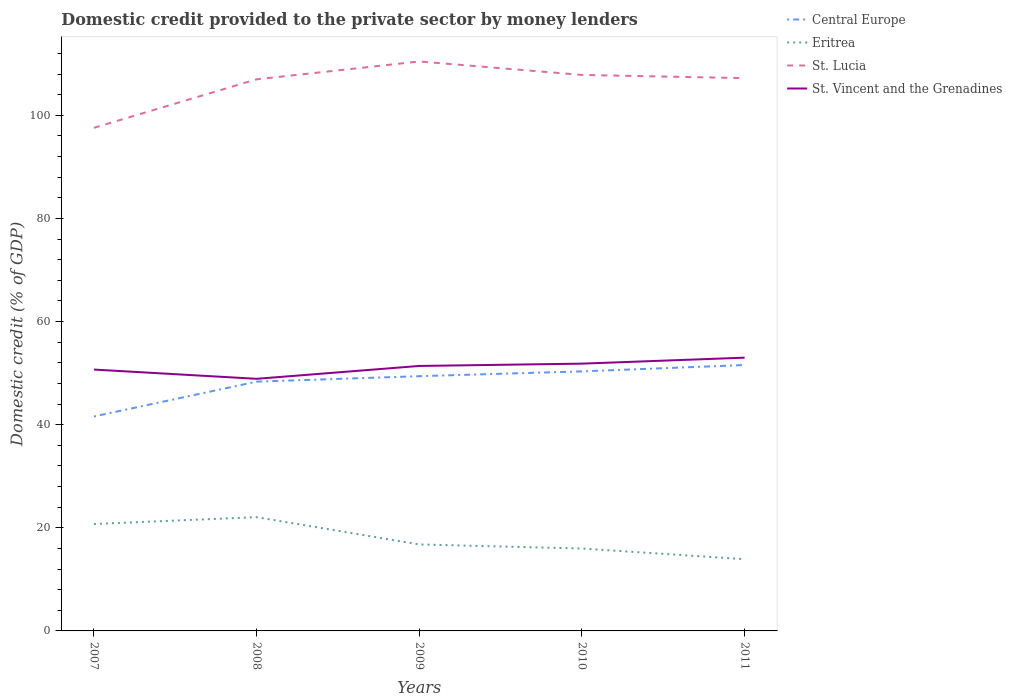
| Years | Central Europe | Eritrea | St. Lucia | St. Vincent and the Grenadines |
 | --- | --- | --- | --- | --- |
 | 2007 | 41.6 | 20.7 | 97.6 | 50.7 |
 | 2008 | 48.3 | 22.1 | 107 | 48.9 |
 | 2009 | 49.4 | 16.8 | 110 | 51.4 |
 | 2010 | 50.3 | 16 | 108 | 51.8 |
 | 2011 | 51.6 | 13.9 | 107 | 53 |